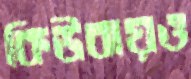
কিউবায়ও